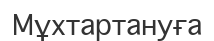
Мұхтартануға